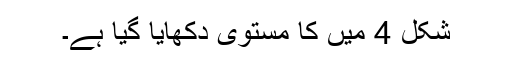
شکل 4 میں کا مستوی دکھایا گیا ہے۔